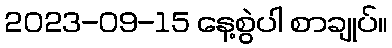
2023-09-15 နေ့စွဲပါ စာချုပ်။